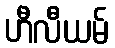
ဟီလီယမ်